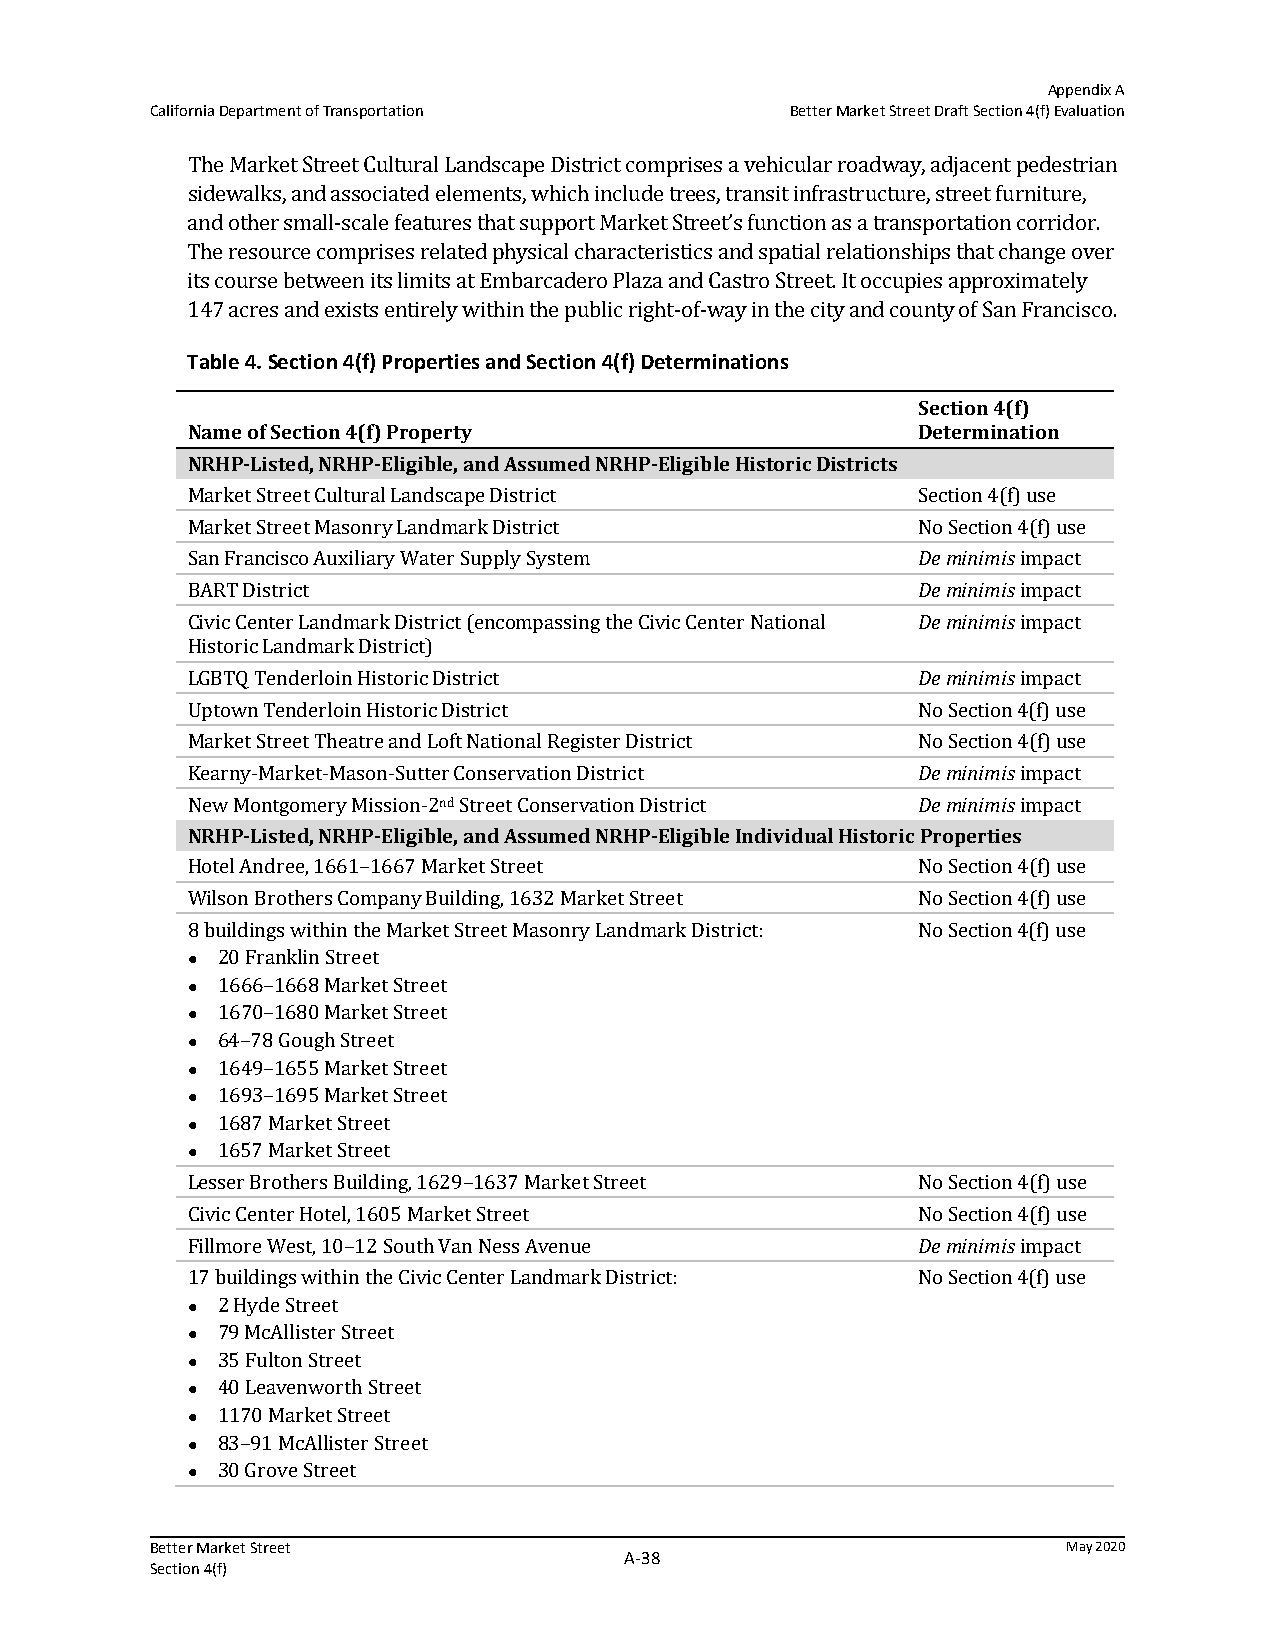
Appendix A
 California Department of Transportation   Better Market Street Draft Section 4(f) Evaluation
 The Market Street Cultural Landscape District comprises a vehicular roadway, adjacent pedestrian
 sidewalks, and associated elements, which include trees, transit infrastructure, street furniture,
 and other small-scale features that support Market Street’s function as a transportation corridor.
 The resource comprises related physical characteristics and spatial relationships that change over
 its course between its limits at Embarcadero Plaza and Castro Street. It occupies approximately
 147 acres and exists entirely within the public right-of-way in the city and county of San Francisco.
 Table 4. Section 4(f) Properties and Section 4(f) Determinations
 Section 4(f)
 Name of Section 4(f) Property                    Determination
 NRHP‐Listed, NRHP‐Eligible, and Assumed NRHP‐Eligible Historic Districts
 Market Street Cultural Landscape District        Section 4(f) use
 Market Street Masonry Landmark District          No Section 4(f) use
 San Francisco Auxiliary Water Supply System      De minimis impact
 BART District                                    De minimis impact
 Civic Center Landmark District (encompassing the Civic Center National De minimis impact
 Historic Landmark District)
 LGBTQ Tenderloin Historic District               De minimis impact
 Uptown Tenderloin Historic District              No Section 4(f) use
 Market Street Theatre and Loft National Register District No Section 4(f) use
 Kearny-Market-Mason-Sutter Conservation District De minimis impact
 New Montgomery Mission-2nd Street Conservation District De minimis impact
 NRHP‐Listed, NRHP‐Eligible, and Assumed NRHP‐Eligible Individual Historic Properties
 Hotel Andree, 1661–1667 Market Street            No Section 4(f) use
 Wilson Brothers Company Building, 1632 Market Street No Section 4(f) use
 8 buildings within the Market Street Masonry Landmark District: No Section 4(f) use
 20 Franklin Street
 
 1666–1668 Market Street
 
 1670–1680 Market Street
 
 64–78 Gough Street
 
 1649–1655 Market Street
 
 1693–1695 Market Street
 
 1687 Market Street
 
 1657 Market Street
 
 Lesser Brothers Building, 1629–1637 Market Street No Section 4(f) use
 Civic Center Hotel, 1605 Market Street           No Section 4(f) use
 Fillmore West, 10–12 South Van Ness Avenue       De minimis impact
 17 buildings within the Civic Center Landmark District: No Section 4(f) use
 2 Hyde Street
 
 79 McAllister Street
 
 35 Fulton Street
 
 40 Leavenworth Street
 
 1170 Market Street
 
 83–91 McAllister Street
 
 30 Grove Street
 
 Better Market Street                                         May 2020
 A‐38
 Section 4(f)